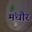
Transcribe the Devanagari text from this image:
मंधौर